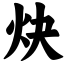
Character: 炔